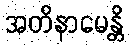
အတိနာမေန္တိ